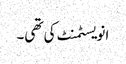
انویسٹمنٹ کی تھی۔